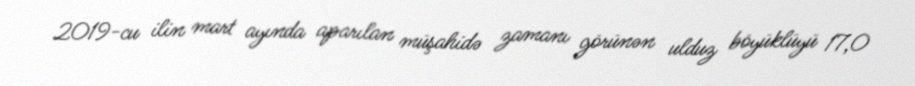
2019-cu ilin mart ayında aparılan müşahidə zamanı görünən ulduz böyüklüyü 17,0